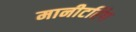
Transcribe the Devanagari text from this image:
मानीटरिंग